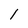
Character: 1